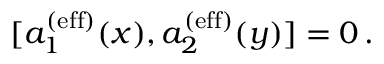
[ a _ { 1 } ^ { ( \mathrm { e f f } ) } ( x ) , a _ { 2 } ^ { ( \mathrm { e f f } ) } ( y ) ] = 0 \, .